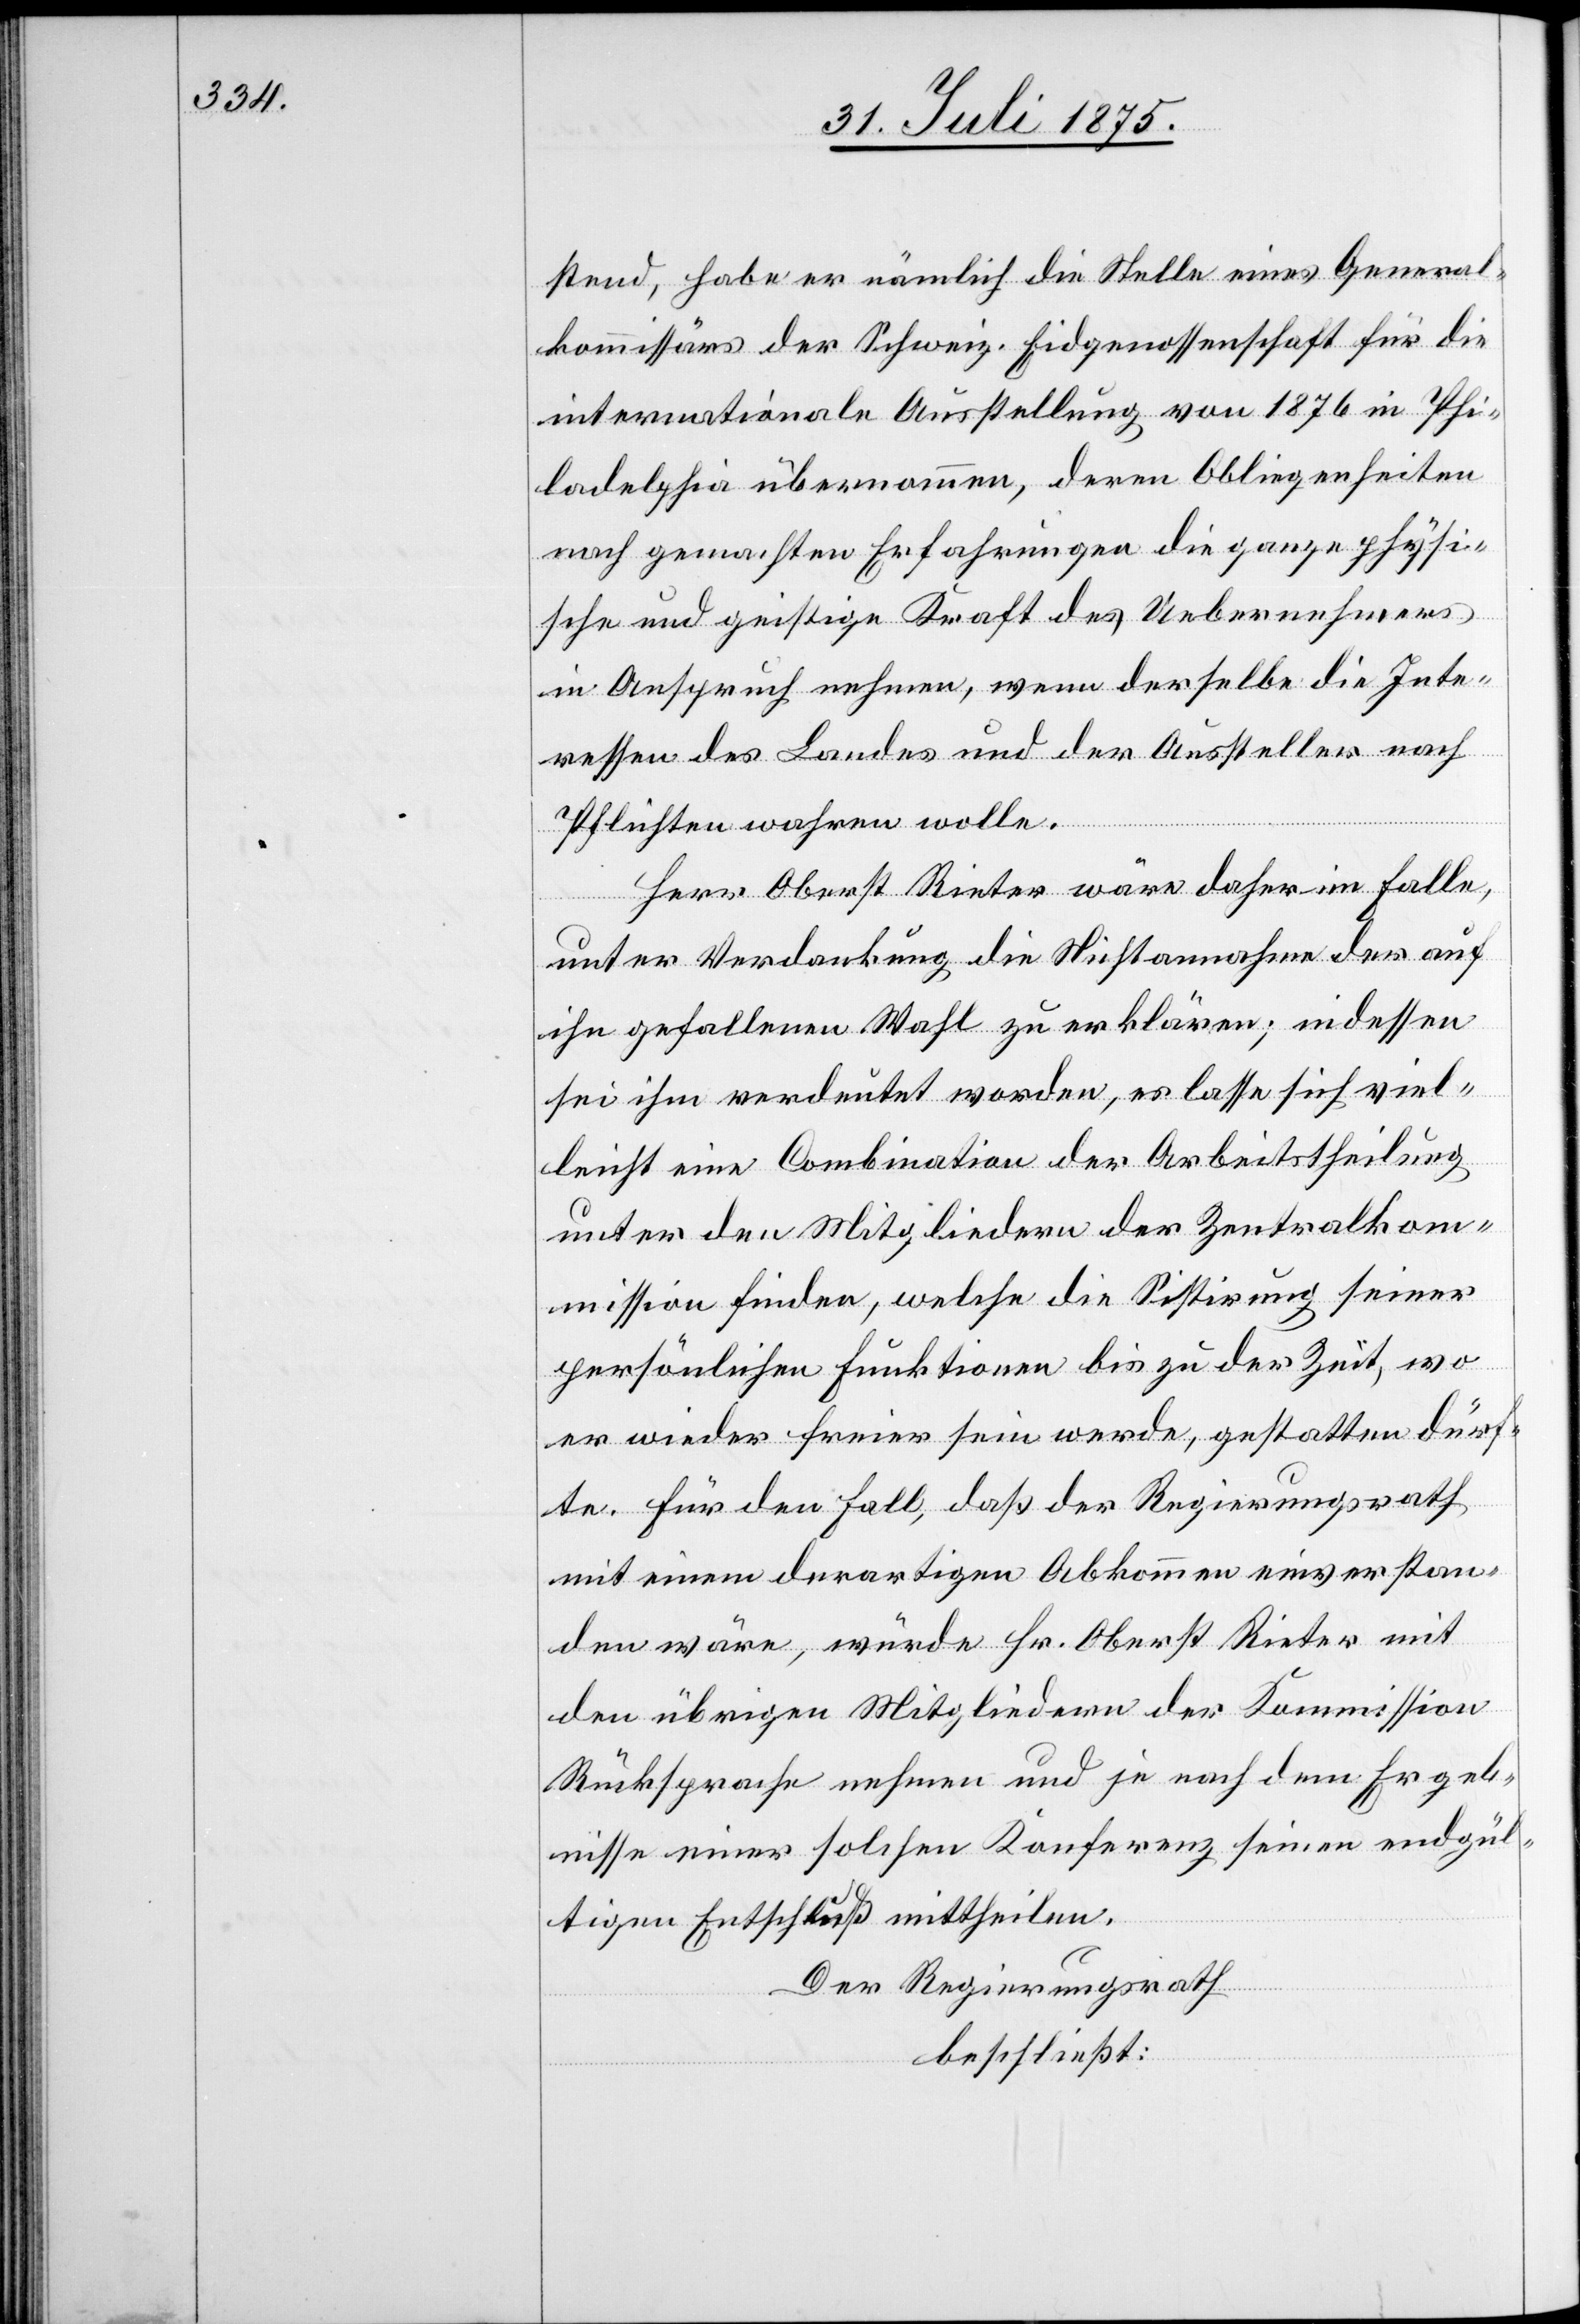
stend, habe er nämlich die Stelle eines General¬
kommissärs der schweiz. Eidgenossenschaft für die
internationale Ausstellung von 1876 in Phi¬
ladelphia übernommen, deren Obliegenheiten
nach gemachten Erfahrungen die ganze physi¬
sche und geistige Kraft des Uebernehmers
in Anspruch nehmen, wenn derselbe die Inte¬
ressen des Landes und der Aussteller nach
Pflichten wahren wolle.
Herr Oberst Rieter wäre daher im Falle,
unter Verdankung die Nichtannahme der auf
ihn gefallenen Wahl zu erklären; indessen
sei ihm verdeutet worden, es lasse sich viel¬
leicht eine Combination der Arbeitstheilung
unter den Mitgliedern der Zentralkom¬
mission finden, welche die Sistirung seiner
persönlichen Funktionen bis zu der Zeit , wo
er wieder freier sein werde, gestatten dürf¬
te. Für den Fall, daß der Regierungsrath
mit einem derartigen Abkommen einverstan¬
den wäre, würde Hr. Oberst Rieter mit
den übrigen Mitgliedern der Kommission
Rücksprache nehmen und je nach dem Ergeb¬
nisse einer solchen Konferenz seinen endgül¬
tigen Entschluß mittheilen.
Der Regierungsrath
beschließt: